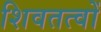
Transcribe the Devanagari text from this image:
शिवतत्वों